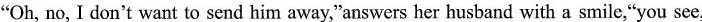
"Oh, no, I don't want to send him away,"answers her husband with a smile,"you see,